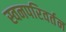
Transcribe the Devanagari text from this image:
स्वनपरिवर्तन